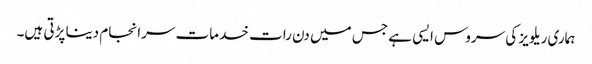
ہماری ریلویز کی سروس ایسی ہے جس میں دن رات خدمات سرانجام دینا پڑتی ہیں۔